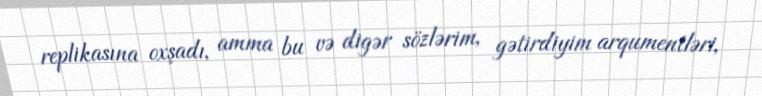
replikasına oxşadı, amma bu və digər sözlərim, gətirdiyim arqumentləri,